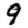
Digit: 9